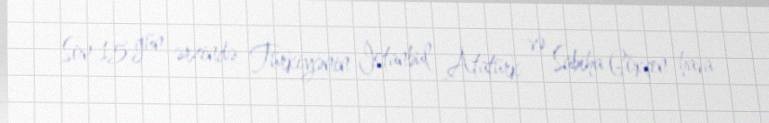
Son 15 gün ərzində Türkiyənin İstanbul Atatürk və Sabiha Gökçen hava